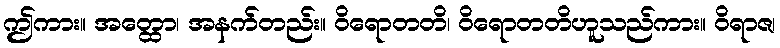
ဤကား။ အတ္ထော၊ အနက်တည်း။ ဝိရောတတိ၊ ဝိရောတတိဟူသည်ကား။ ဝိရာဇ၊